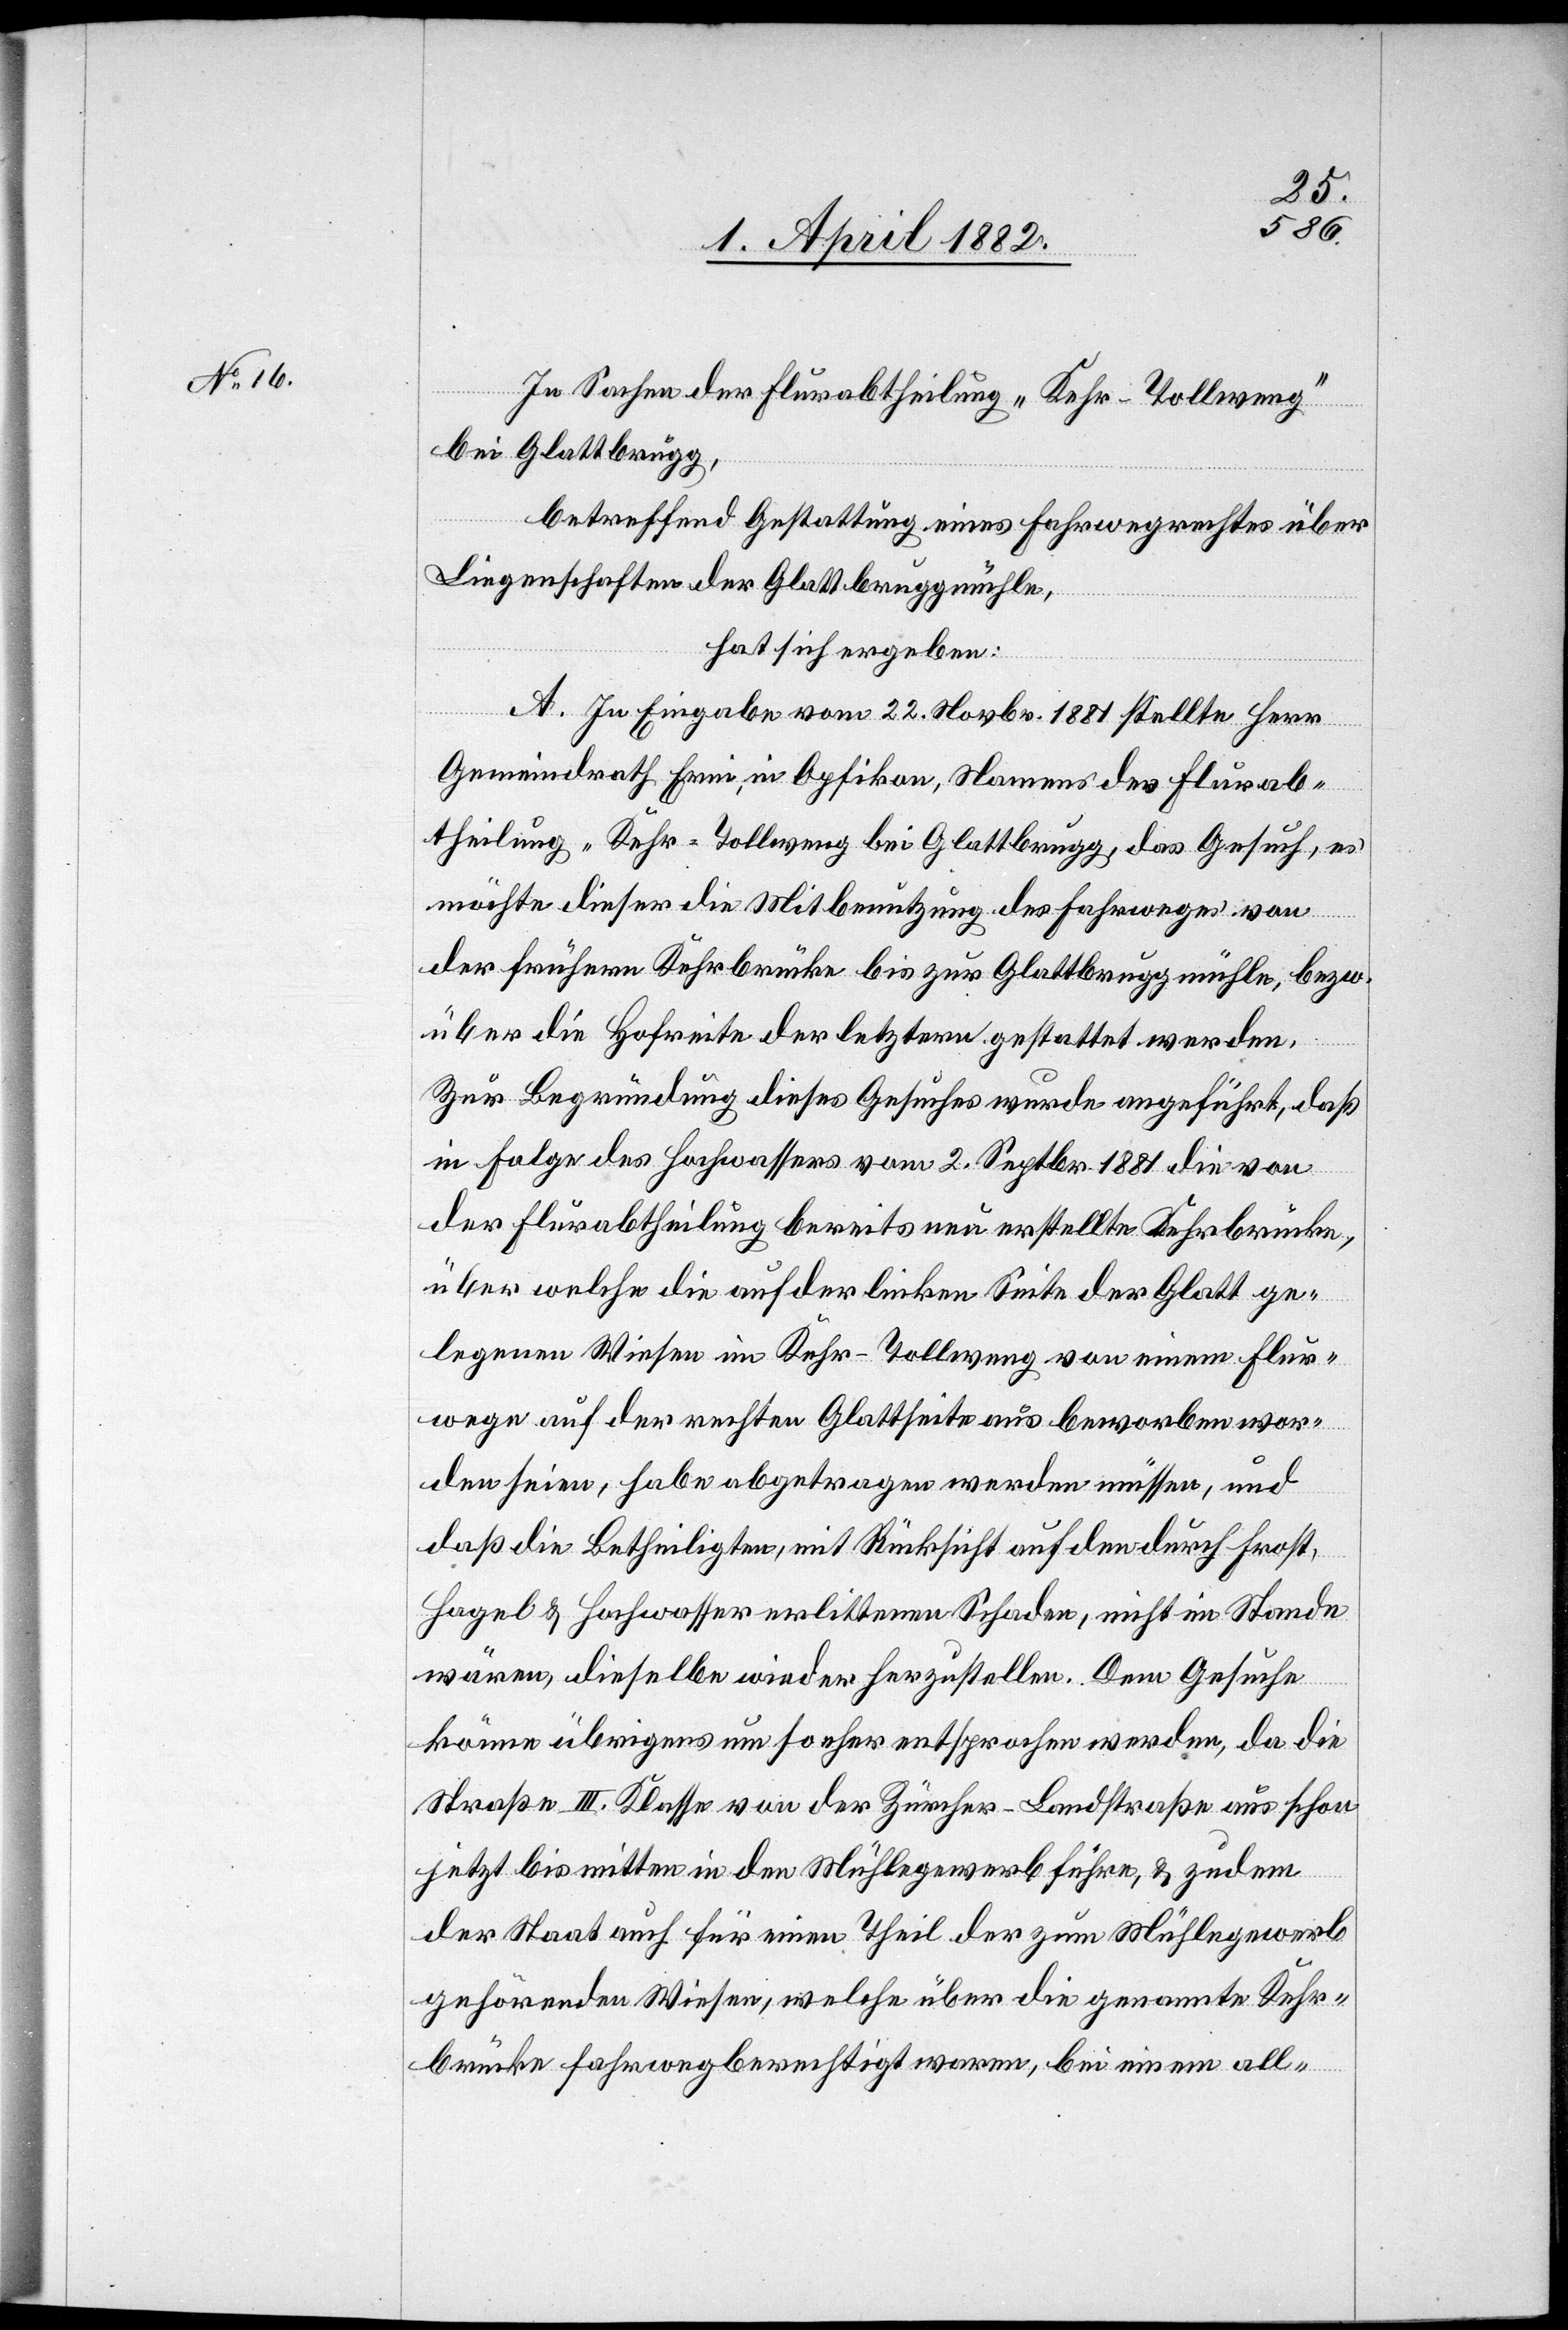
In Sachen der Flurabtheilung „Kehr-Tollweng“
bei Glattbrugg,
betreffend Gestattung eines Fahrwegrechtes über
Liegenschaften der Glattbruggmühle,
hat sich ergeben:
A. In Eingabe vom 22. Novbr. 1881 stellte Herr
Gemeindrath Erni, in Opfikon, Namens der Flurab¬
theilung „Kehr-Tollweng[“] bei Glattbrugg, das Gesuch, es
möchte dieser die Mitbenutzung des Fahrweges von
der frühern Kehrbrücke bis zur Glattbruggmühle, bezw.
über die Hofreite der letztern gestattet werden.
Zur Begründung dieses Gesuches wurde angeführt, daß
in Folge des Hochwassers vom 2. Septbr. 1881 die von
der Flurabtheilung bereits neu erstellte Kehrbrücke,
über welche die auf der linken Seite der Glatt ge¬
legenen Wiesen im Kehr-Tollweng von einem Flur¬
wege auf der rechten Glattseite aus beworben wor¬
den seien, habe abgetragen werden müssen, und
daß die Betheiligten, mit Rücksicht auf den durch Frost,
Hagel & Hochwasser erlittenen Schaden, nicht im Stande
wären, dieselbe wieder herzustellen. Dem Gesuche
könne übrigens um so eher entsprochen werden, da die
Straße III. Klasse von der Zürcher-Landstraße aus schon
jetzt bis mitten in den Mühlegewerb führe, & zudem
der Staat auch für einen Theil der zum Mühlegewerb
gehörenden Wiesen, welche über die genannte Kehr¬
brücke fahrwegberechtigt waren, bei einem all-